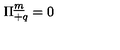
\Pi _ { + q } ^ { \underline { { m } } } = 0